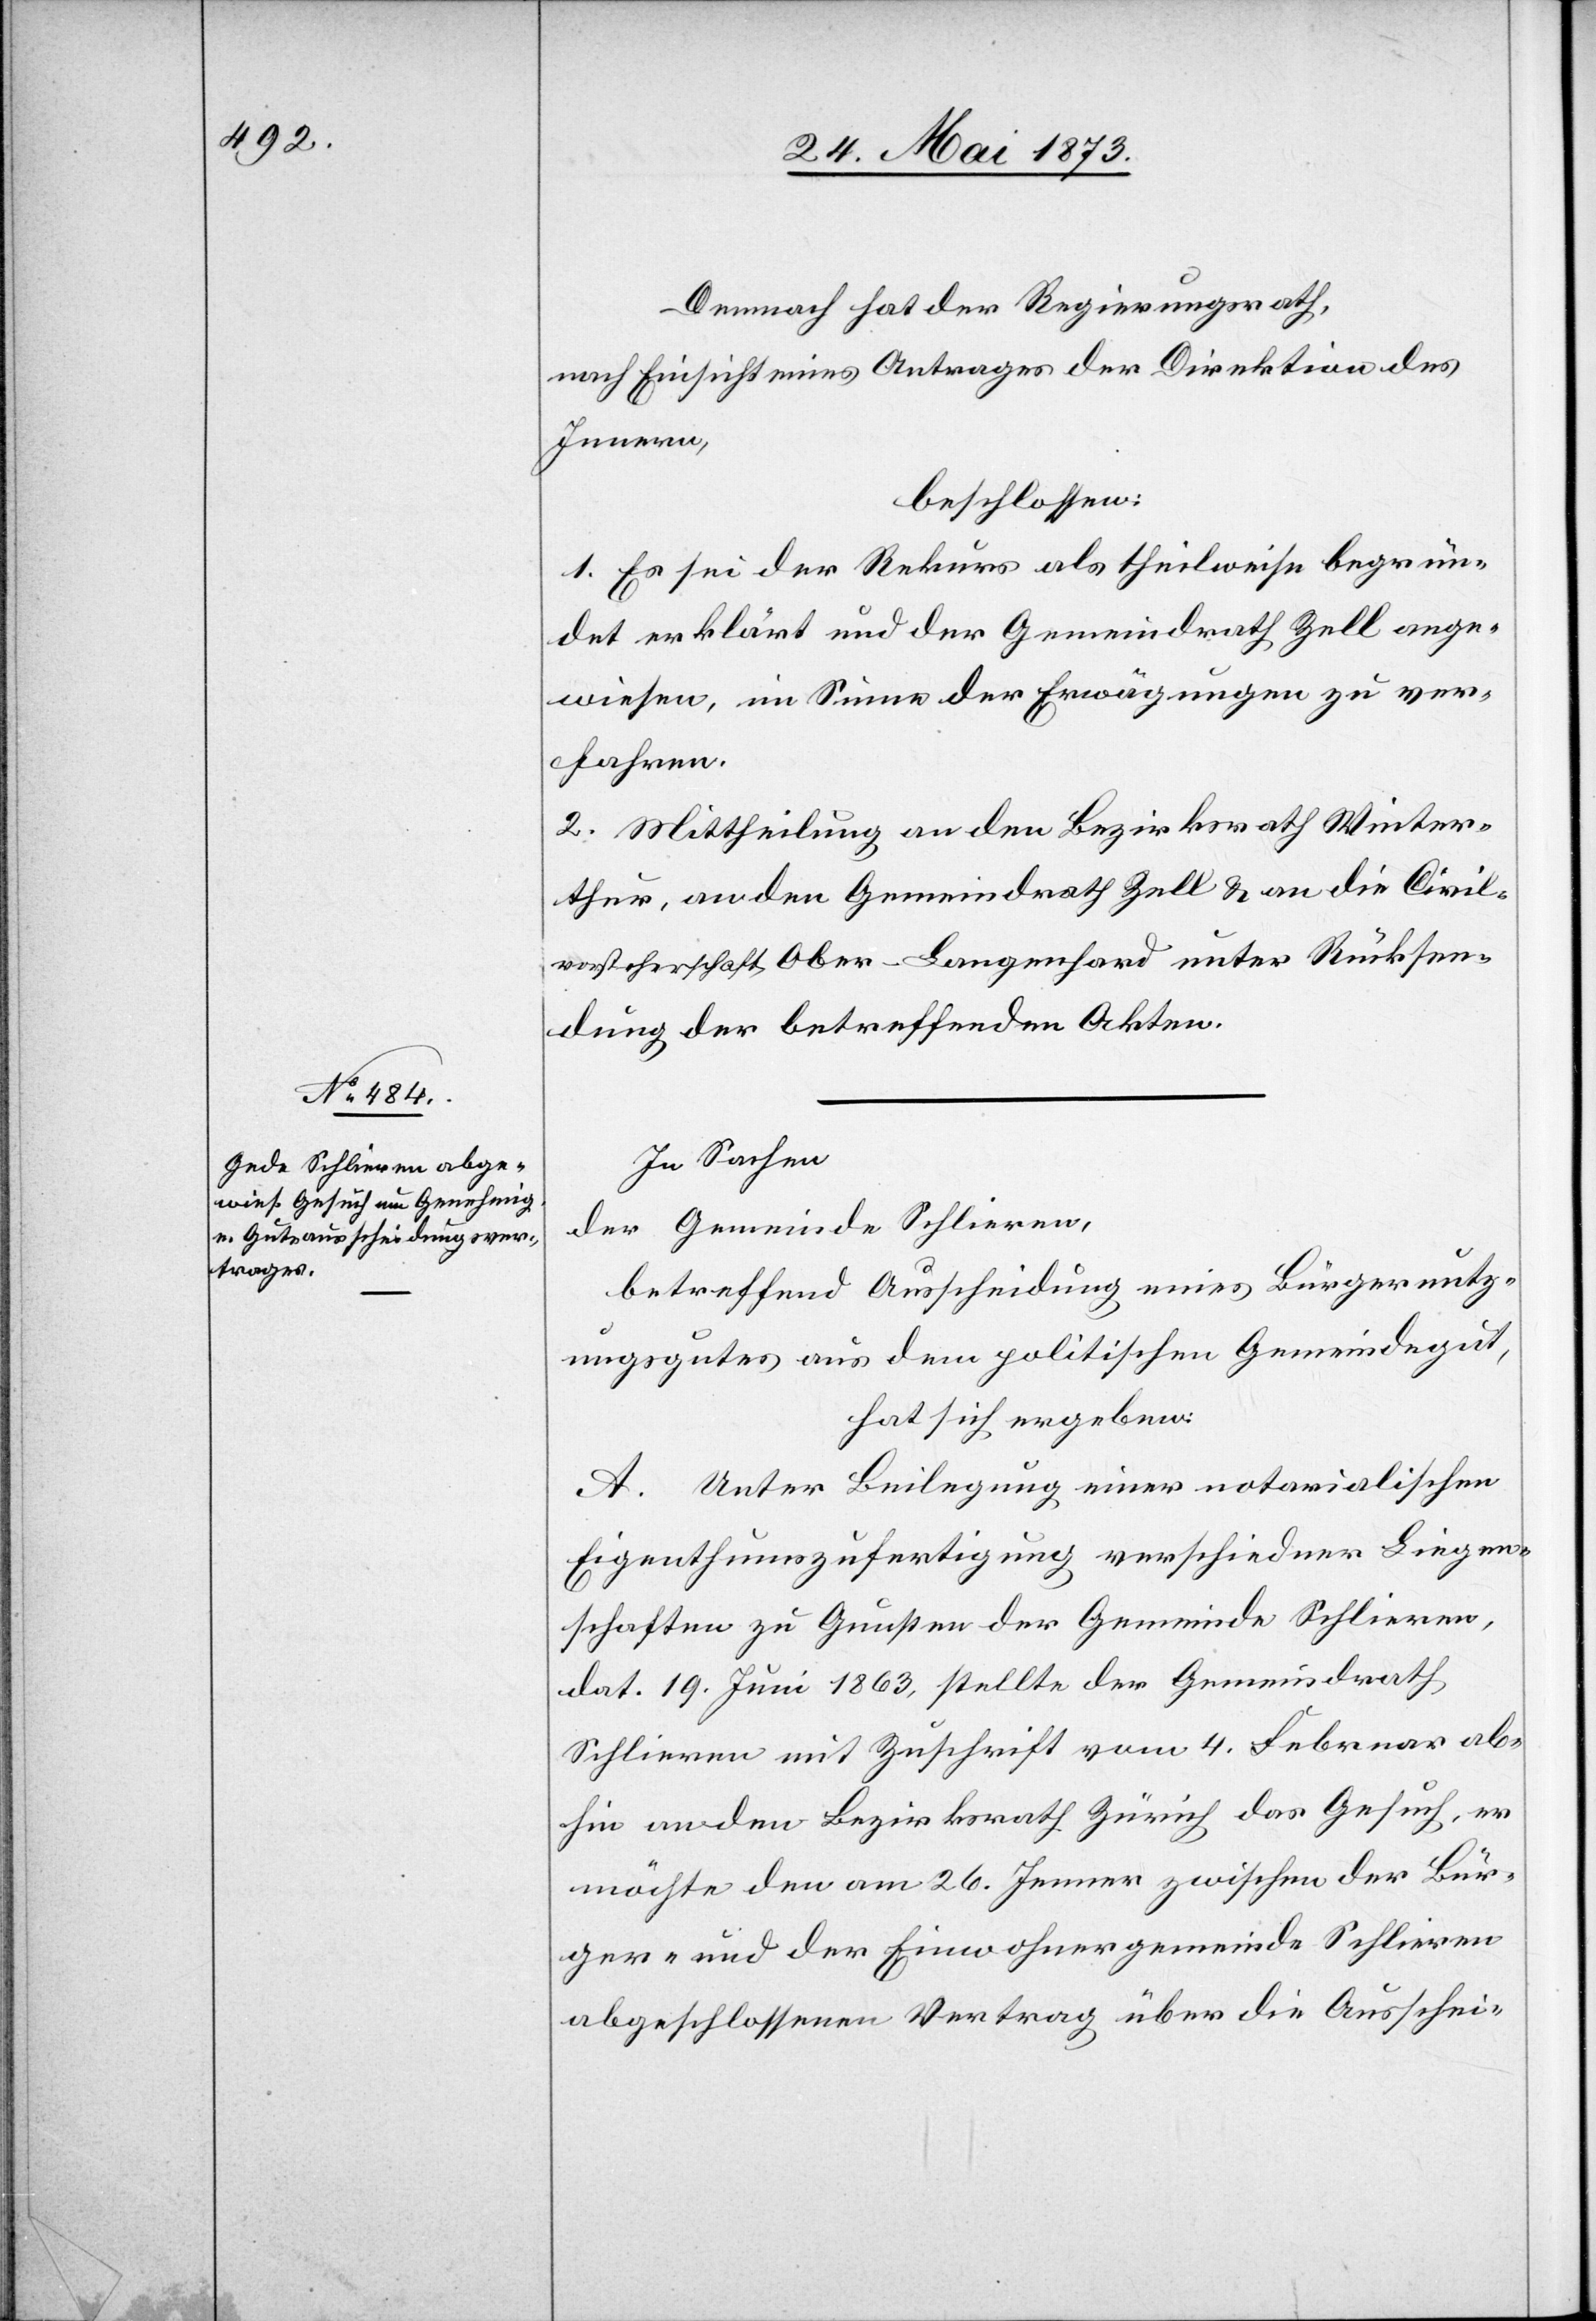
Demnach hat der Regierungsrath,
nach Einsicht eines Antrages der Direktion des
Innern,
beschlossen:
1. Es sei der Rekurs als theilweise begrün¬
det erklärt und der Gemeindrath Zell ange¬
wiesen, im Sinne der Erwägungen zu ver¬
fahren.
2. Mittheilung an den Bezirksrath Winter¬
thur, an den Gemeindrath Zell & an die Civil¬
vorsteherschaft Ober-Langenhard unter Rücksen¬
dung der betreffenden Akten.
In Sachen
der Gemeinde Schlieren,
betreffend Ausscheidung eines Bürgernutz¬
ungsgutes aus dem politischen Gemeindegut,
hat sich ergeben:
A. Unter Beilegung einer notarialischen
Eigenthumszufertigung verschiedner Liegen¬
schaften zu Gunsten der Gemeinde Schlieren,
dat. 19. Juni 1863, stellte der Gemeindrath
Schlieren mit Zuschrift vom 4. Februar ab¬
hin an den Bezirksrath Zürich das Gesuch, er
möchte den am 26. Jenner zwischen der Bür¬
ger- und der Einwohnergemeinde Schlieren
abgeschlossenen Vertrag über die Ausschei-